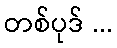
တစ်ပုဒ် ...